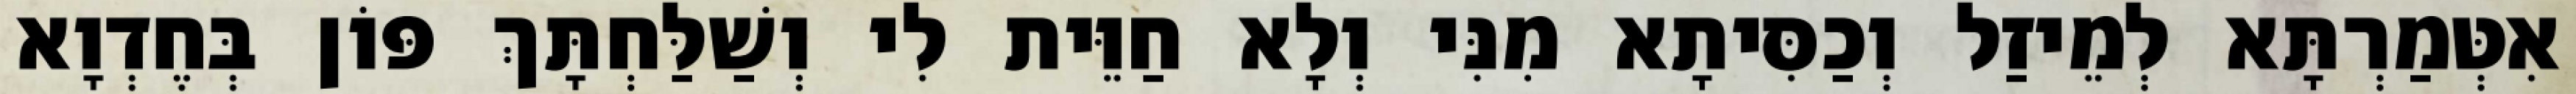
אִטְּמַרְתָּא לְמֵיזַל וְכַסִּיתָא מִנִּי וְלָא חַוֵּית לִי וְשַׁלַּחְתָּךְ פּוֹן בְּחֶדְוָא